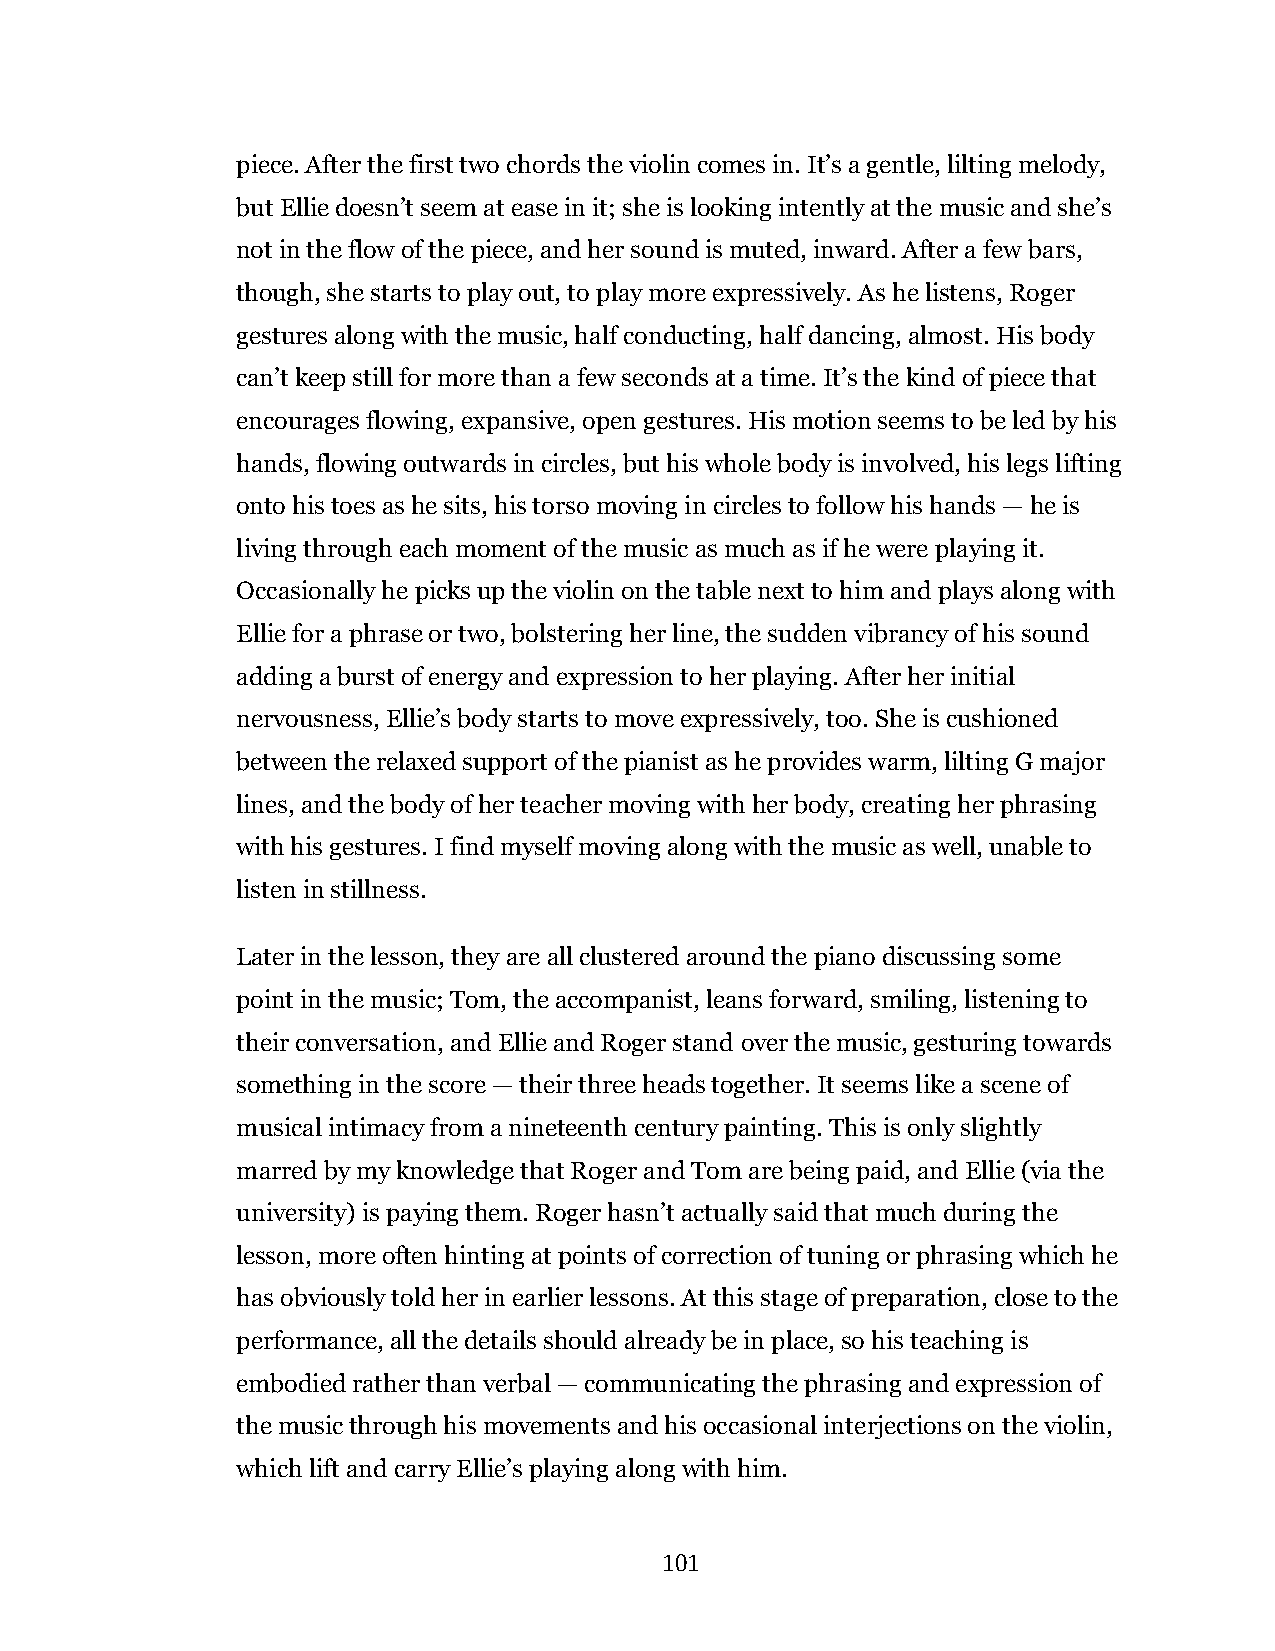
piece. After the first two chords the violin comes in. It’s a gentle, lilting melody,
 but Ellie doesn’t seem at ease in it; she is looking intently at the music and she’s
 not in the flow of the piece, and her sound is muted, inward. After a few bars,
 though, she starts to play out, to play more expressively. As he listens, Roger
 gestures along with the music, half conducting, half dancing, almost. His body
 can’t keep still for more than a few seconds at a time. It’s the kind of piece that
 encourages flowing, expansive, open gestures. His motion seems to be led by his
 hands, flowing outwards in circles, but his whole body is involved, his legs lifting
 onto his toes as he sits, his torso moving in circles to follow his hands — he is
 living through each moment of the music as much as if he were playing it.
 Occasionally he picks up the violin on the table next to him and plays along with
 Ellie for a phrase or two, bolstering her line, the sudden vibrancy of his sound
 adding a burst of energy and expression to her playing. After her initial
 nervousness, Ellie’s body starts to move expressively, too. She is cushioned
 between the relaxed support of the pianist as he provides warm, lilting G major
 lines, and the body of her teacher moving with her body, creating her phrasing
 with his gestures. I find myself moving along with the music as well, unable to
 listen in stillness.
 Later in the lesson, they are all clustered around the piano discussing some
 point in the music; Tom, the accompanist, leans forward, smiling, listening to
 their conversation, and Ellie and Roger stand over the music, gesturing towards
 something in the score — their three heads together. It seems like a scene of
 musical intimacy from a nineteenth century painting. This is only slightly
 marred by my knowledge that Roger and Tom are being paid, and Ellie (via the
 university) is paying them. Roger hasn’t actually said that much during the
 lesson, more often hinting at points of correction of tuning or phrasing which he
 has obviously told her in earlier lessons. At this stage of preparation, close to the
 performance, all the details should already be in place, so his teaching is
 embodied rather than verbal — communicating the phrasing and expression of
 the music through his movements and his occasional interjections on the violin,
 which lift and carry Ellie’s playing along with him.
 101